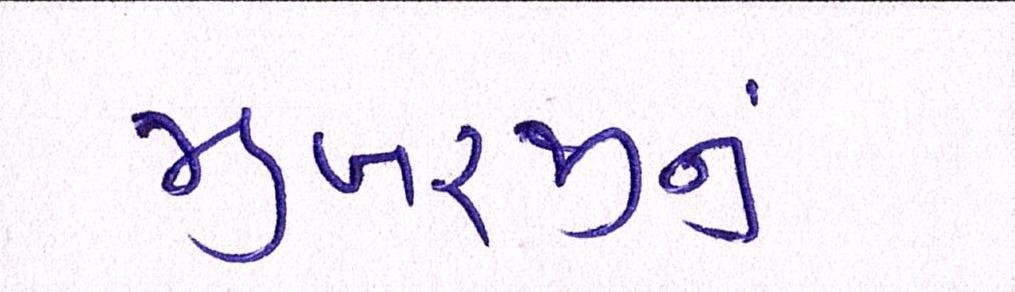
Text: મુખરજીનું